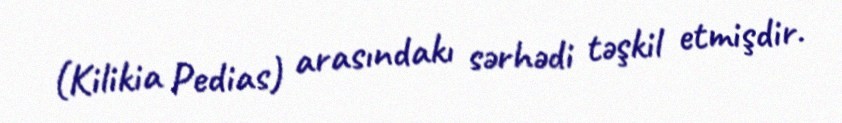
(Kilikia Pedias) arasındakı sərhədi təşkil etmişdir.